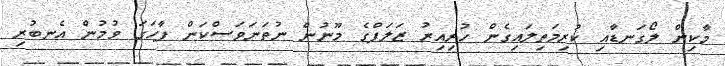
މާކިން ލޯގަނޑާއި ކުރިމަތިލައިގެން ހުރިއިރު ޒަލަފްގެ މޫނުން ނުތަނަވަސްކަން ފާހަގަ ވުމުން އެނބުރި